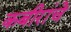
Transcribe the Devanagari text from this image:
कबीरांचे